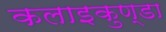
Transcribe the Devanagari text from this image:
कलाइकुण्डा